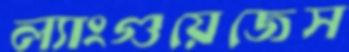
ল্যাংগুয়েজেস